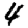
Digit: 4